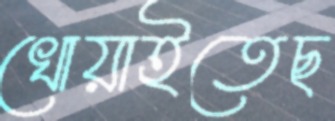
খোয়াইতেছ